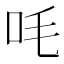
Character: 㕰